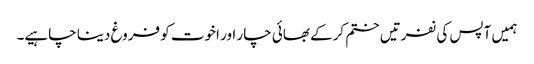
ہمیں آپس کی نفرتیں ختم کرکے بھائی چار اور اخوت کو فروغ دینا چاہیے۔